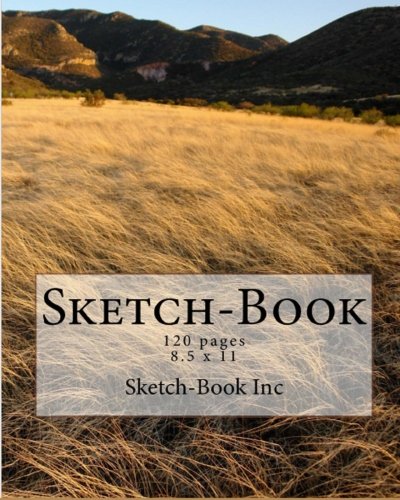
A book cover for Sketch-Book; Sketch-Book Inc142; Crafts, Hobbies & Home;